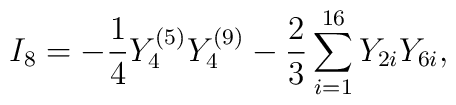
I_8 = -{1 \over 4} Y_4^{(5)} Y_4^{(9)}  -{2 \over3}\sum_{i=1}^{16} Y_{2i} Y_{6i},